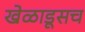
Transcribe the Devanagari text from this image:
खेळाडूसच